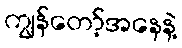
ကျွန်တော့်အနေနဲ့